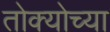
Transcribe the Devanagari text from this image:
तोक्योच्या